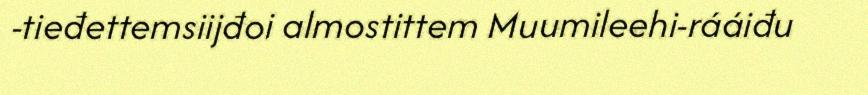
-tieđettemsiijđoi almostittem Muumileehi-rááiđu